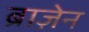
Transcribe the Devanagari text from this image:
ब्राज़ेन